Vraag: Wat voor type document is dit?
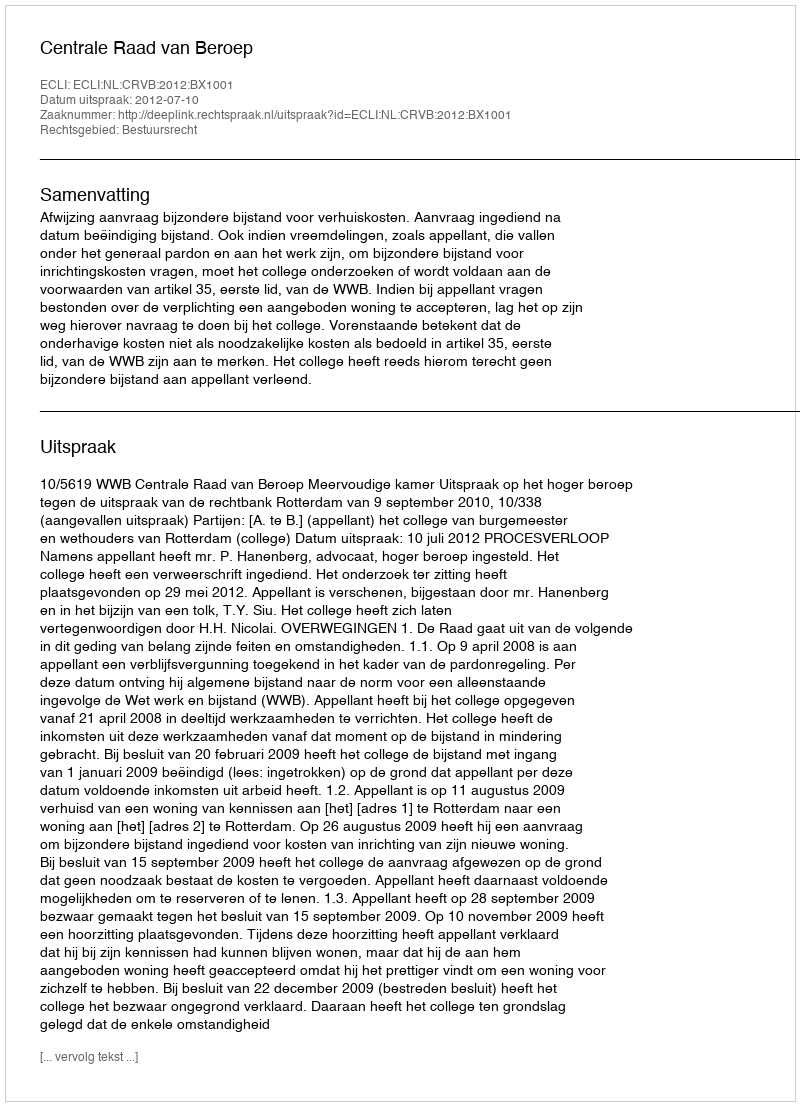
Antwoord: Uitspraak